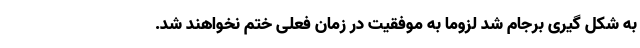
به شکل گیری برجام شد لزوما به موفقیت در زمان فعلی ختم نخواهند شد.